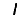
Digit: 1